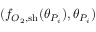
( f _ { O _ { 2 } , \mathrm { { s h } } } ( \theta _ { P _ { i } } ) , \theta _ { P _ { i } } )